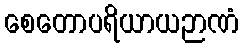
စေတောပရိယာယဉာဏံ